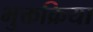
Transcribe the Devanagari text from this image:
भुक्तक्रिया